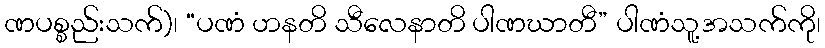
ဏပစ္စည်းသက်)၊ “ပဏံ ဟနတိ သီလေနာတိ ပါဏဃာတီ” ပါဏံသူ့အသက်ကို၊